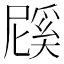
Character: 𭕱